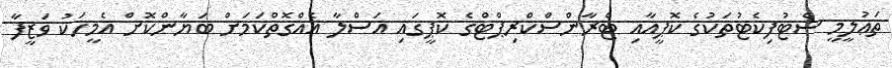
ތަޢުލީމީ ސެޓުފިކެޓުތަކުގެ ކޮޕީއާއި ޓްރާންސްކްރިޕްޓްގެ ކޮޕީގައި އަސްލާ އެއްގޮތްކަމަށް ބަޔާންކޮށް އެމީހަކު ވަޒީފާ